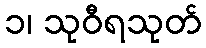
၁၊ သုဝီရသုတ်